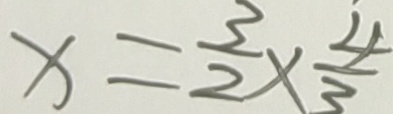
x = \frac { 3 } { 2 } \times \frac { 4 } { 3 }